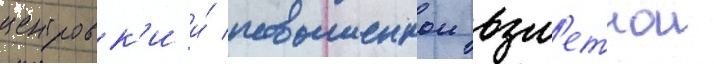
центровк'и и́ повышеннои взл'етнои